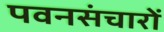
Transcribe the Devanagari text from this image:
पवनसंचारों